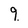
Character: 9